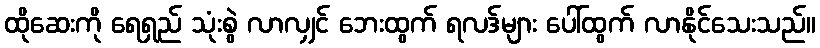
ထိုဆေးကို ရေရှည် သုံးစွဲ လာလျှင် ဘေးထွက် ရလဒ်များ ပေါ်ထွက် လာနိုင်သေးသည်။